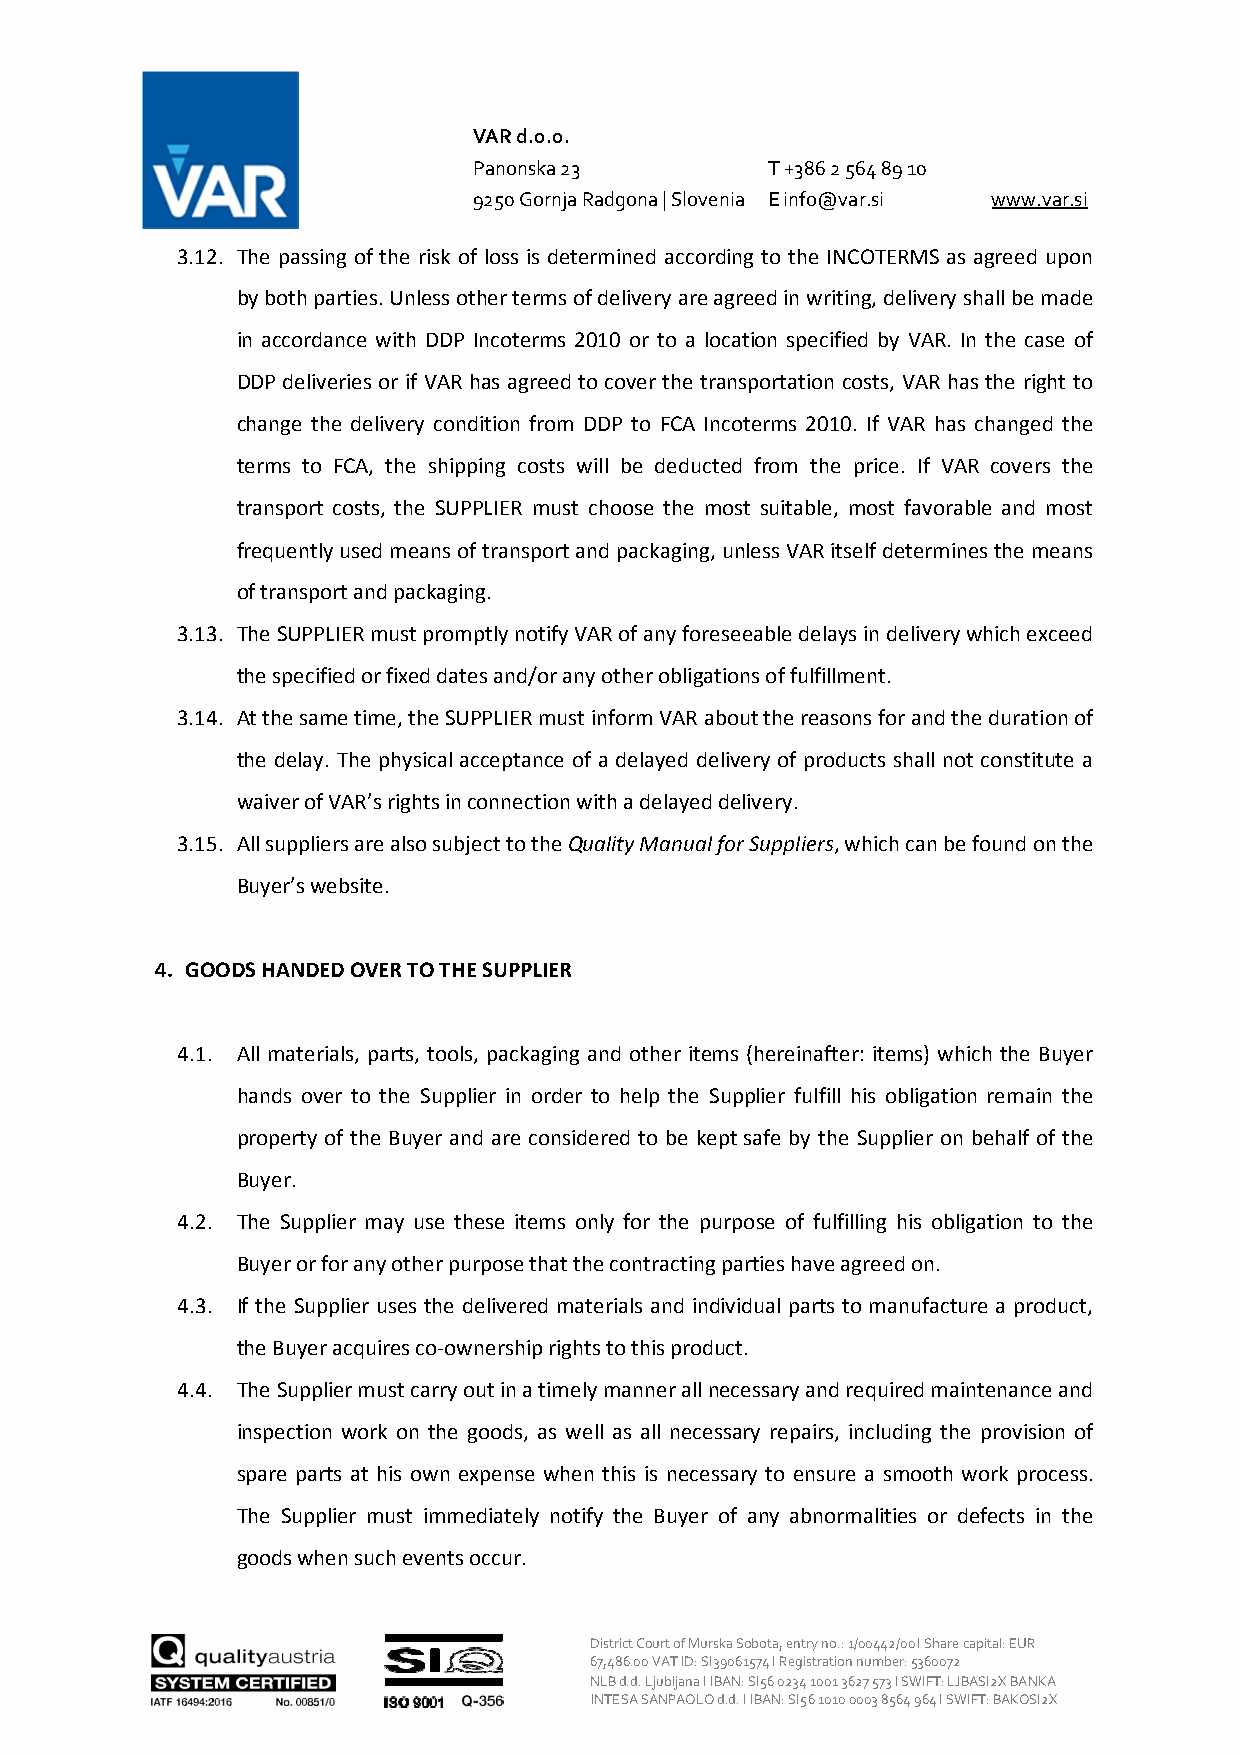
VAR d.o.o.
 Panonska 23         T +386 2 564 89 10
 9250 Gornja Radgona | Slovenia E info@var.si www.var.si
 3.12. The passing of the risk of loss is determined according to the INCOTERMS as agreed upon
 by both parties. Unless other terms of delivery are agreed in writing, delivery shall be made
 in accordance with DDP Incoterms 2010 or to a location specified by VAR. In the case of
 DDP deliveries or if VAR has agreed to cover the transportation costs, VAR has the right to
 change the delivery condition from DDP to FCA Incoterms 2010. If VAR has changed the
 terms to FCA, the shipping costs will be deducted from the price. If VAR covers the
 transport costs, the SUPPLIER must choose the most suitable, most favorable and most
 frequently used means of transport and packaging, unless VAR itself determines the means
 of transport and packaging.
 3.13. The SUPPLIER must promptly notify VAR of any foreseeable delays in delivery which exceed
 the specified or fixed dates and/or any other obligations of fulfillment.
 3.14. At the same time, the SUPPLIER must inform VAR about the reasons for and the duration of
 the delay. The physical acceptance of a delayed delivery of products shall not constitute a
 waiver of VAR’s rights in connection with a delayed delivery.
 3.15. All suppliers are also subject to the Quality Manual for Suppliers, which can be found on the
 Buyer’s website.
 4. GOODS HANDED OVER TO THE SUPPLIER
 4.1. All materials, parts, tools, packaging and other items (hereinafter: items) which the Buyer
 hands over to the Supplier in order to help the Supplier fulfill his obligation remain the
 property of the Buyer and are considered to be kept safe by the Supplier on behalf of the
 Buyer.
 4.2. The Supplier may use these items only for the purpose of fulfilling his obligation to the
 Buyer or for any other purpose that the contracting parties have agreed on.
 4.3. If the Supplier uses the delivered materials and individual parts to manufacture a product,
 the Buyer acquires co-ownership rights to this product.
 4.4. The Supplier must carry out in a timely manner all necessary and required maintenance and
 inspection work on the goods, as well as all necessary repairs, including the provision of
 spare parts at his own expense when this is necessary to ensure a smooth work process.
 The Supplier must immediately notify the Buyer of any abnormalities or defects in the
 goods when such events occur.
 District Court of Murska Sobota, entry no.: 1/00442/00 I Share capital: EUR
 67,486.00 VAT ID: SI39061574 I Registration number: 5360072
 NLB d.d. Ljubljana I IBAN: SI56 0234 1001 3627 573 I SWIFT: LJBASI2X BANKA
 INTESA SANPAOLO d.d. I IBAN: SI56 1010 0003 8564 964 I SWIFT: BAKOSI2X